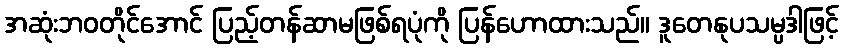
အဆုံးဘဝတိုင်အောင် ပြည့်တန်ဆာမဖြစ်ရပုံကို ပြန်ဟောထားသည်။ ဒူတေနုပသမ္ပဒါဖြင့်